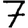
Digit: 7